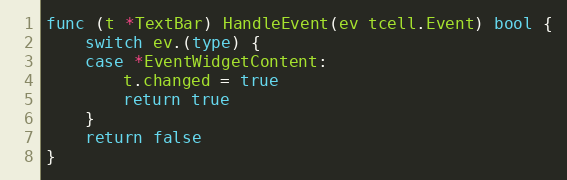
Language: Go
func (t *TextBar) HandleEvent(ev tcell.Event) bool {
	switch ev.(type) {
	case *EventWidgetContent:
		t.changed = true
		return true
	}
	return false
}